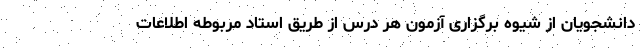
دانشجویان از شیوه برگزاری آزمون هر درس از طریق استاد مربوطه اطلاعات